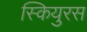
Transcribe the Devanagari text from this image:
स्कियुरस